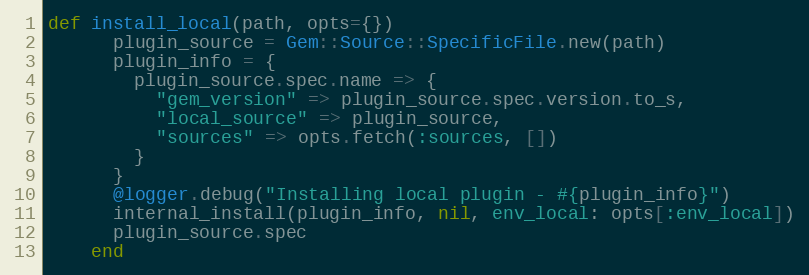
Language: Ruby
def install_local(path, opts={})
      plugin_source = Gem::Source::SpecificFile.new(path)
      plugin_info = {
        plugin_source.spec.name => {
          "gem_version" => plugin_source.spec.version.to_s,
          "local_source" => plugin_source,
          "sources" => opts.fetch(:sources, [])
        }
      }
      @logger.debug("Installing local plugin - #{plugin_info}")
      internal_install(plugin_info, nil, env_local: opts[:env_local])
      plugin_source.spec
    end